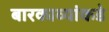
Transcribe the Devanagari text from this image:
बारकाव्यांकडे